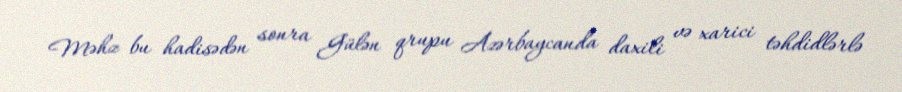
Məhz bu hadisədən sonra Gülən qrupu Azərbaycanda daxili və xarici təhdidlərlə